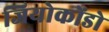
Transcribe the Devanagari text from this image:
जियोकोंडो